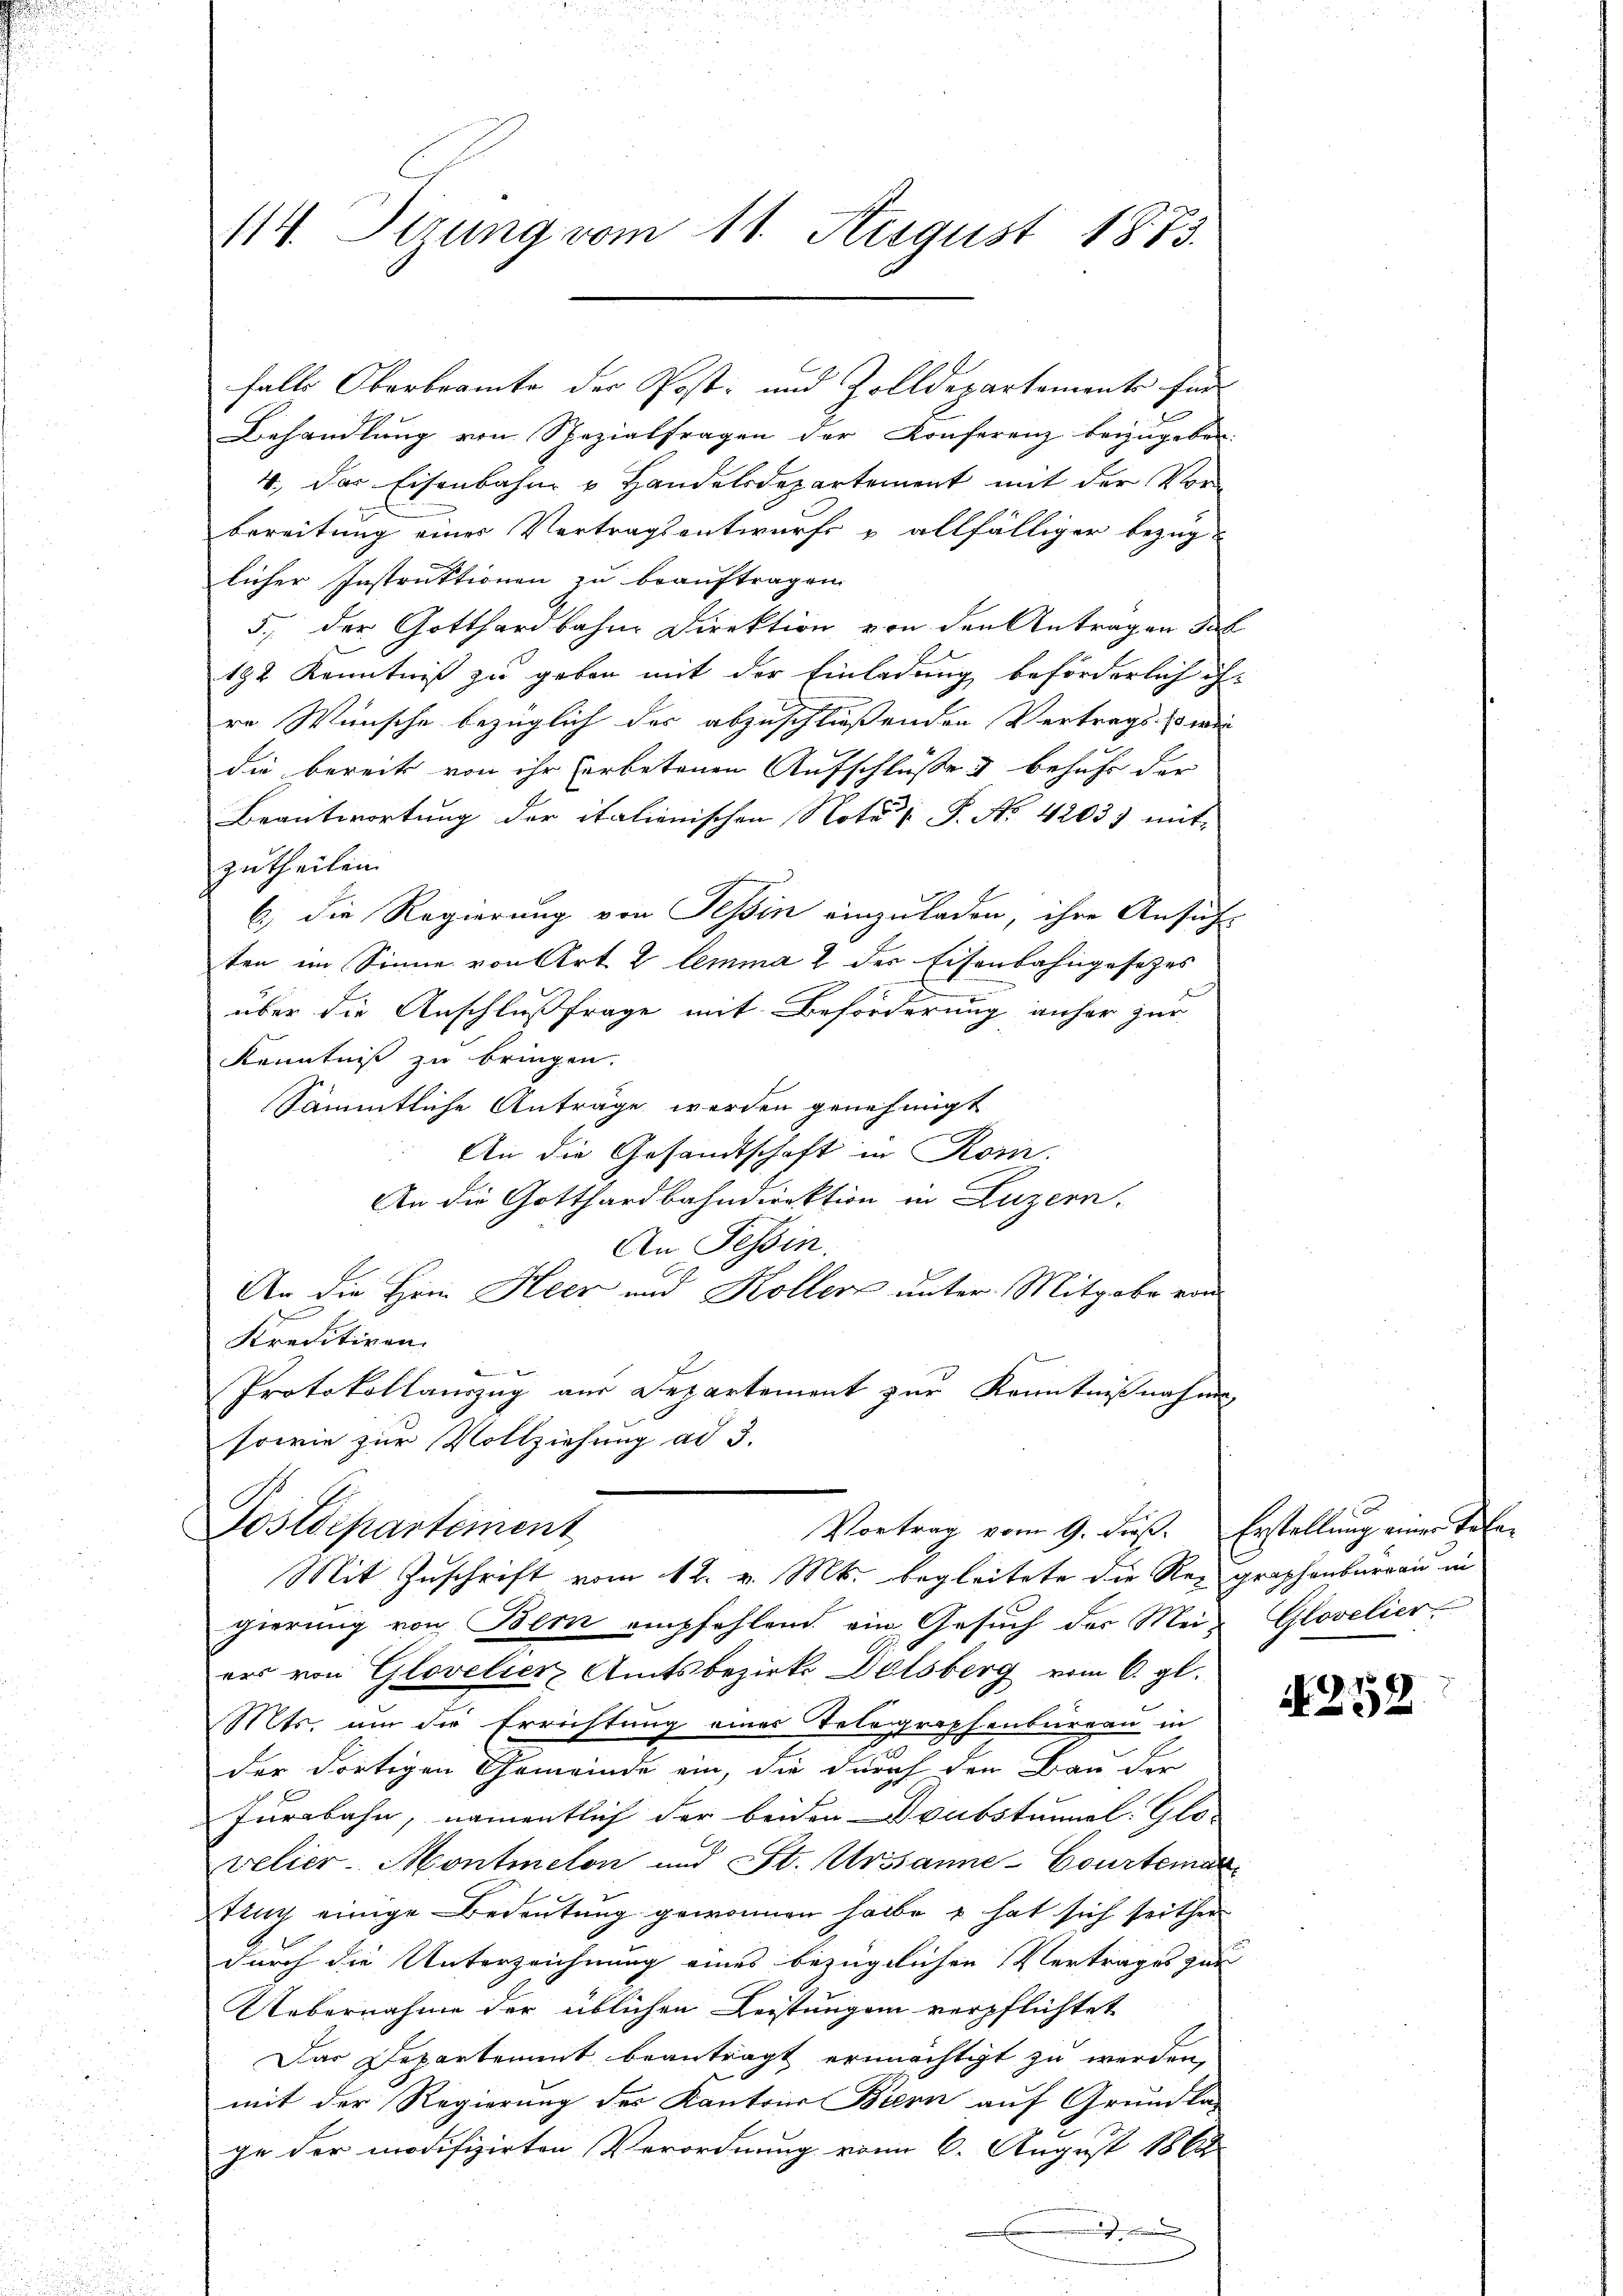
114. Stzung vom 11. August 1873.

Behandlŭng von Spezialfragen der Konferenz beizŭgeben.
4., Das Eisenbahn u Handelsdepartement mit der Vor-
bereitung einer Vertragsentwurfe & allfälliger bezug
licher Instruktionen zu beauftragen
5., der Gotthardbahne Direktion von den Antragen de
192 Kenntniß zu geben mit der Einladung beförderlich ih-
re Wünsche bezüglich der abzuschließenden Vertrags, so wer
die bereits von ihr herbetenen Aufschluße & behufs der
Beantwortung der italienischen Notus P. Nr. 42037 mit
zutheilen.
6) die Regierung von Tessin einzuladen, ihre Ansicht
ten im Sinne von Art. 2 lemma 2 des Eisenbahngesetzes
über die Anschlußfrage mit Beförderung anher zur
Kenntniß zu bringen.
Sämmtliche Anträge werden genehmigt
An die Gesandtschaft in Rom.
An die Gotthardbahndirektion in Luzern.
An Tessin.
An die Hein Heer und Koller unter Mitgabe von
Kreditiven

Protokollauszug aus Departement zur Kenntnißnahmen
sowie zur Vollziehung ad 3.

falls Oberbeamte der Post- und Zolldepartemente find

Postdepartement
Vortrag vom 9. dieß. Erstellung einer Tele¬
Mit Zuschrift vom 12. v. Mts. begleitete die Regraphenbureau in

gierung von Bern empfehlend ein Gesuch der Mei- Glovelier.
ers von Glovelier Amtsbezirks Delsberg vom 6. gl.
Mts. um die Errichtung eines Telegraphenbureau in
der dortigen Gemeinde ein, die durch den Bau der
Furbahn, namentlich der beiden Drubstummel. Glo-
velier-Montmelon und St. Ursanne-Courteinan
Strug einige Bedeutung gewonnen halbe u. hat sich seither
durch die Unterzeichnung eines bezüglichen Vertrages zur
Uebernahme der üblichen Leistungen verpflichtet
Das Departement beantragt ermächtigt zu werden,
mit der Regierung des Kantons Biern auf Grundla
ge der modifizirten Verordnung vom 6. August 1864

A 252